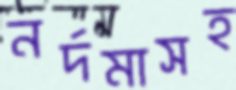
নর্দমাসহ